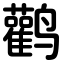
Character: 鹳